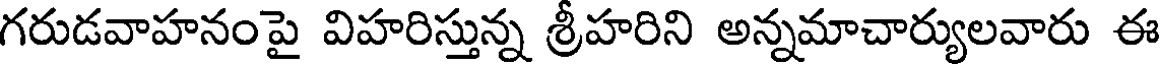
గరుడవాహనంపై విహరిస్తున్న శ్రీహరిని అన్నమాచార్యులవారు ఈ